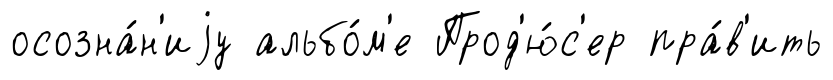
осозна́н'иjу альбо́м'е Прод'ю́с'ер пра́в'ить